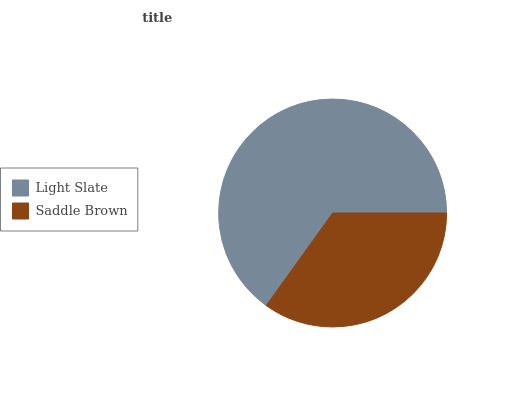
| Light Slate | Saddle Brown |
 | --- | --- |
 | 65.1% | 34.9% |